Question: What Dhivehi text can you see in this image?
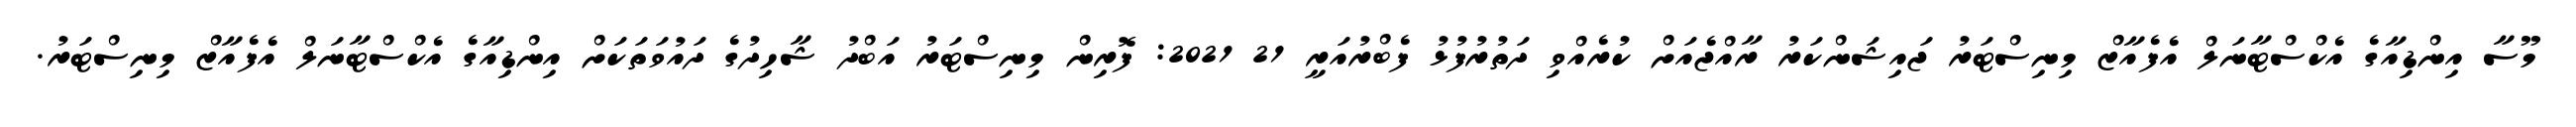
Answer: މޫސާ އިންޑިއާގެ އެކްސްޓާނަލް އެފެއާޒް މިނިސްޓަރު ޖައިޝަންކަރު ރާއްޖެއަށް ކުރެއްވި ދަތުރުފުޅު ފެބްރުއަރީ 21 2021: ފޮރިން މިނިސްޓަރު އަބްދު ޝާހިދުގެ ދައުވަތަކަށް އިންޑިއާގެ އެކްސްޓާނަލް އެފެއާޒް މިނިސްޓަރު.